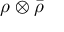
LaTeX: \rho \otimes { \bar { \rho } }